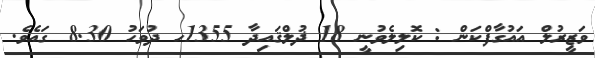
ވަޒީރުލް އައުގާފްކަން : ކޮލިލެވުނީ 18 ޛުލްޤައިދާ 1355ހ ދުވަހު 8.30 ގައެވެ.